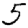
Digit: 5